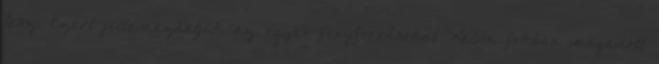
lesz. Ezért jellemezhetjük az egyes fényforrásokat Kelvin fokban megadott